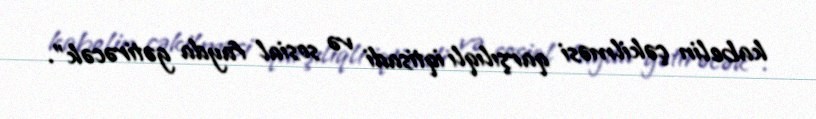
kabelin çəkilməsi qarşılıqlı iqtisadi və sosial fayda gətirəcək”.